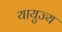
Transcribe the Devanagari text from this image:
यायुज्य